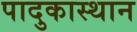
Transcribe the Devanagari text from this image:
पादुकास्थान